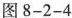
图8-2-4